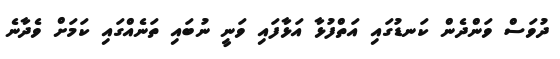
ދުވަސް ވަންދެން ކަނޑުގައި އަތްފުޅާ އަޅާފައި ވަނީ ނުބައި ތަނެއްގައި ކަމަށް ވެދާނެ